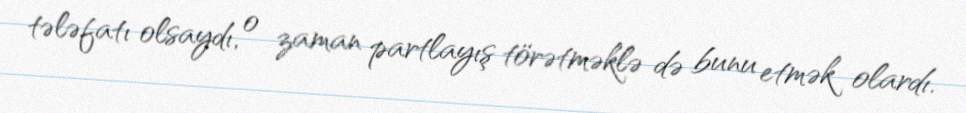
tələfatı olsaydı, o zaman partlayış törətməklə də bunu etmək olardı.